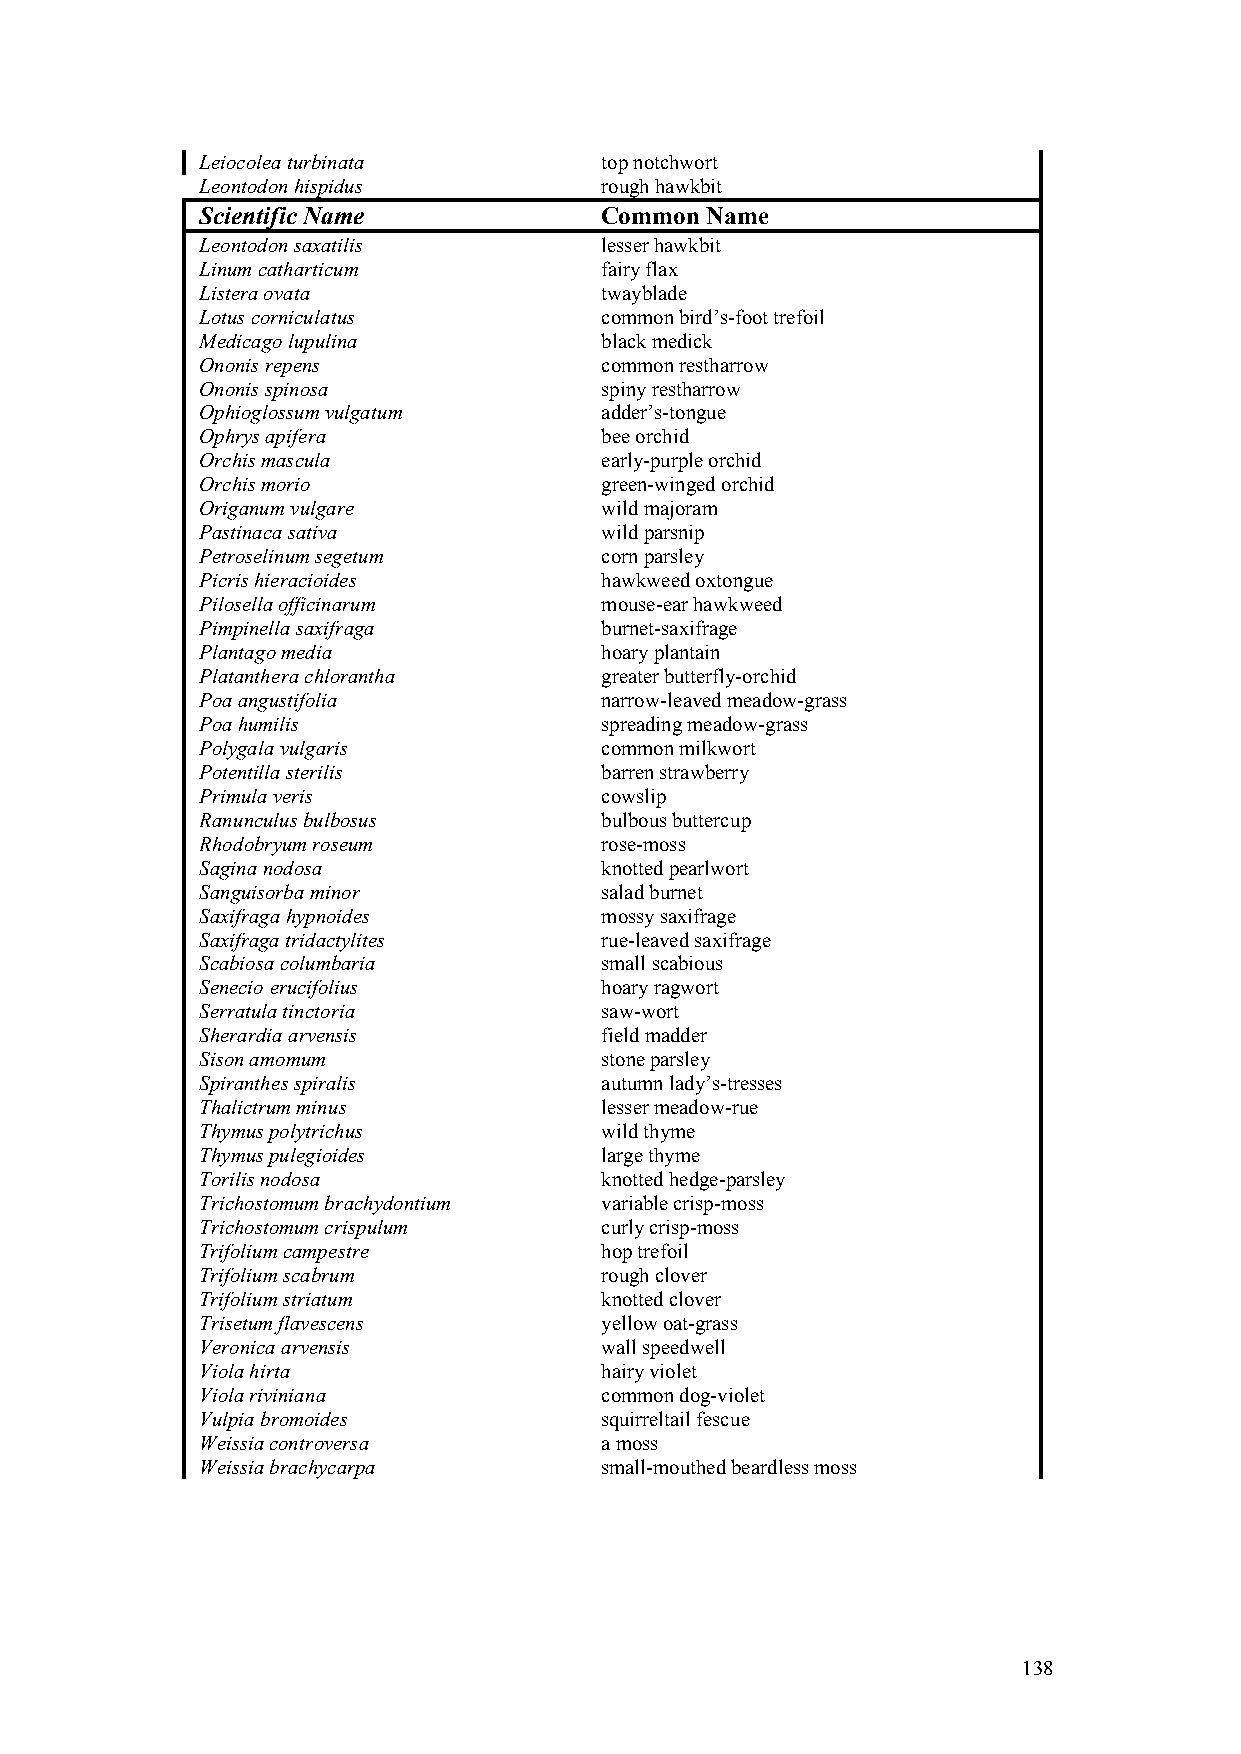
Leiocolea turbinata        top notchwort
 Leontodon hispidus         rough hawkbit
 Scientific Name            Common Name
 Leontodon saxatilis        lesser hawkbit
 Linum catharticum          fairy flax
 Listera ovata              twayblade
 Lotus corniculatus         common bird’s-foot trefoil
 Medicago lupulina          black medick
 Ononis repens              common restharrow
 Ononis spinosa             spiny restharrow
 Ophioglossum vulgatum      adder’s-tongue
 Ophrys apifera             bee orchid
 Orchis mascula             early-purple orchid
 Orchis morio               green-winged orchid
 Origanum vulgare           wild majoram
 Pastinaca sativa           wild parsnip
 Petroselinum segetum       corn parsley
 Picris hieracioides        hawkweed oxtongue
 Pilosella officinarum      mouse-ear hawkweed
 Pimpinella saxifraga       burnet-saxifrage
 Plantago media             hoary plantain
 Platanthera chlorantha     greater butterfly-orchid
 Poa angustifolia           narrow-leaved meadow-grass
 Poa humilis                spreading meadow-grass
 Polygala vulgaris          common milkwort
 Potentilla sterilis        barren strawberry
 Primula veris              cowslip
 Ranunculus bulbosus        bulbous buttercup
 Rhodobryum roseum          rose-moss
 Sagina nodosa              knotted pearlwort
 Sanguisorba minor          salad burnet
 Saxifraga hypnoides        mossy saxifrage
 Saxifraga tridactylites    rue-leaved saxifrage
 Scabiosa columbaria        small scabious
 Senecio erucifolius        hoary ragwort
 Serratula tinctoria        saw-wort
 Sherardia arvensis         field madder
 Sison amomum               stone parsley
 Spiranthes spiralis        autumn lady’s-tresses
 Thalictrum minus           lesser meadow-rue
 Thymus polytrichus         wild thyme
 Thymus pulegioides         large thyme
 Torilis nodosa             knotted hedge-parsley
 Trichostomum brachydontium variable crisp-moss
 Trichostomum crispulum     curly crisp-moss
 Trifolium campestre        hop trefoil
 Trifolium scabrum          rough clover
 Trifolium striatum         knotted clover
 Trisetum flavescens        yellow oat-grass
 Veronica arvensis          wall speedwell
 Viola hirta                hairy violet
 Viola riviniana            common dog-violet
 Vulpia bromoides           squirreltail fescue
 Weissia controversa        a moss
 Weissia brachycarpa        small-mouthed beardless moss
 138